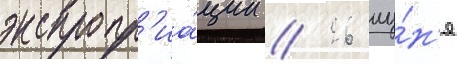
экспропр'иа́ции / 26 иу́н'я